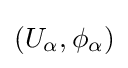
(U_{\alpha },\phi _{\alpha })